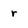
Character: r